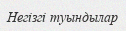
Негізгі туындылар